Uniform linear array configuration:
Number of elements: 12
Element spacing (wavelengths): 1
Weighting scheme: hann
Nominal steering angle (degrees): -30
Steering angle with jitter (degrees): -28.966
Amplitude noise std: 0.05
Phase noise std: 0.05

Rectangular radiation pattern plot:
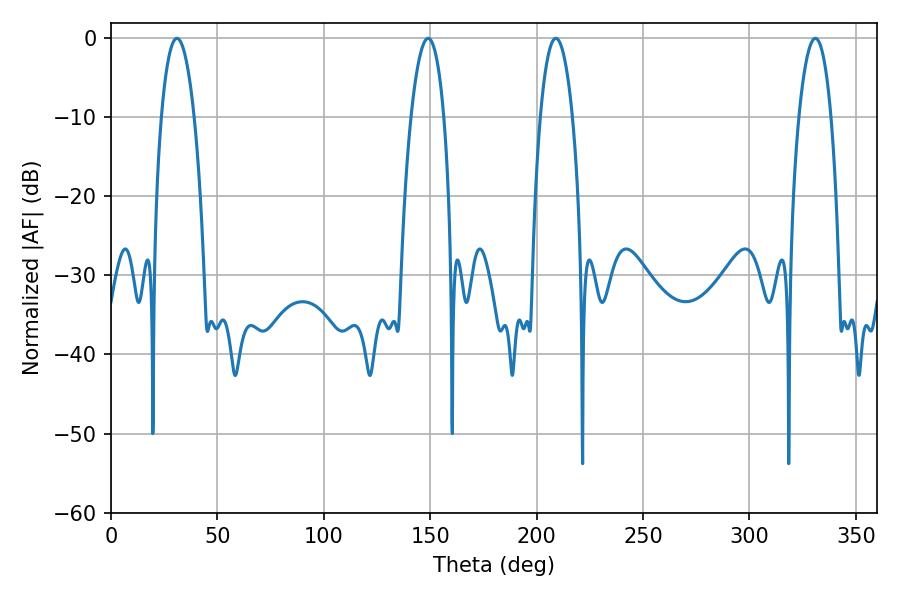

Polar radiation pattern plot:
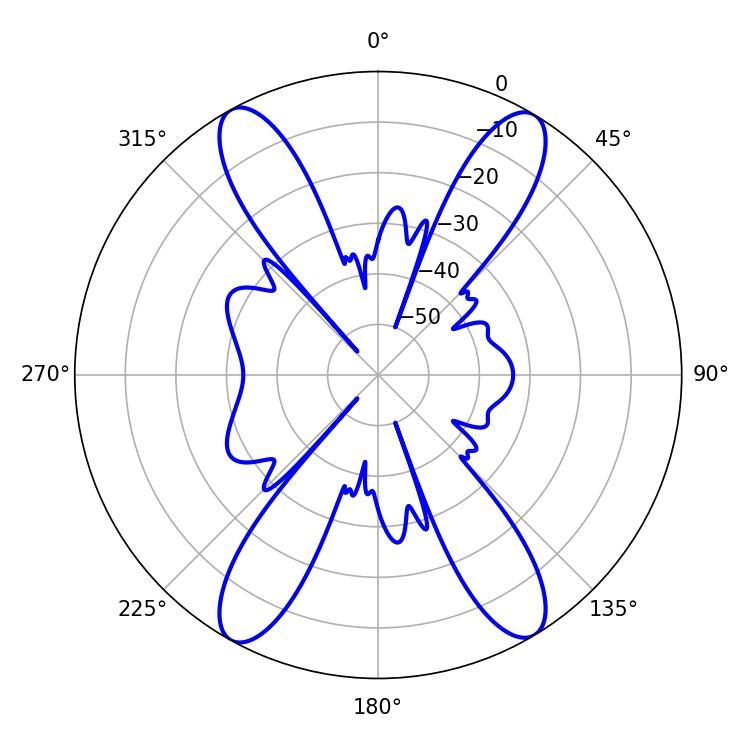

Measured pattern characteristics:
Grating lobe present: TRUE
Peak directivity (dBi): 22.229
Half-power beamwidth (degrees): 8.64
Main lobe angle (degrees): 30.96